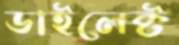
ডাইলেক্ট